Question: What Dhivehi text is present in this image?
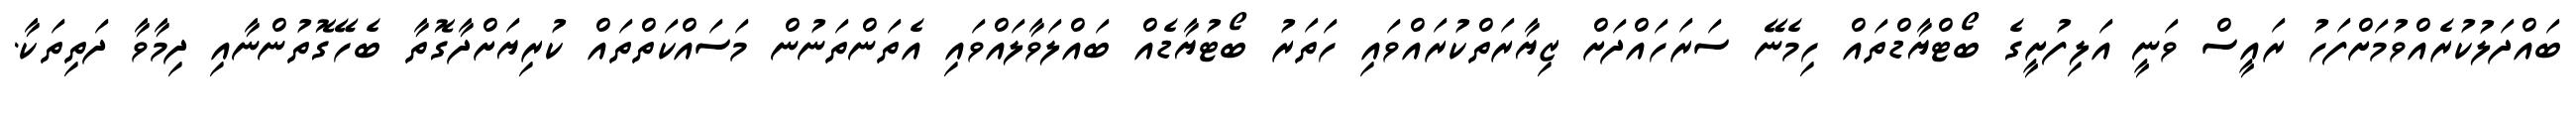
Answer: ބައްދަލުކުރެއްވުމަށްފަހު ރައީސް ވަނީ އަލިފުށީގެ ބޯޓްޔާޑްތައް ހިމެނޭ ސަރަހައްދަށް ޒިޔާރަތްކުރައްވައި ހަތަރު ބޯޓުޔާޑެއް ބައްލަވާލައްވައި އެތަންތަނުން މަސައްކަތްތައް ކުރިޔަށްދާގޮތާ ބެހޭގޮތުންނާއި ދިމާވާ ދަތިތަކާ.